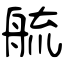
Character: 艈